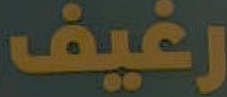
رغيف